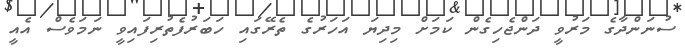
ސުނަންދާގެ މަރުވީ ދަންޖެހިގެން ކަމަށް މިދިޔަ އަހަރުގެ ތެރޭގައި ހަބަރުފެތުރިފައިވީ ނަމަވެސް އެއީ